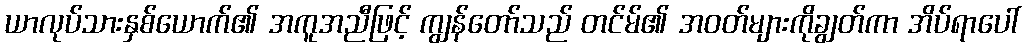
ယာလုပ်သားနှစ်ယောက်၏ အကူအညီဖြင့် ကျွန်တော်သည် တင်မ်၏ အဝတ်များကိုချွတ်ကာ အိပ်ရာပေါ်